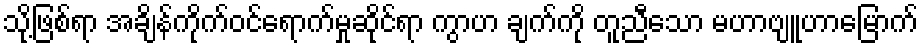
သို့ဖြစ်ရာ အချိန်ကိုက်ဝင်ရောက်မှုဆိုင်ရာ ကွာဟ ချက်ကို တူညီသော မဟာဗျူဟာမြောက်